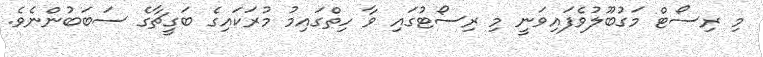
މި ރިސޯޓް މަގުބޫލުވެފައިވަނީ މި ރިސޯޓުގައި ވާ ހިތްގައިމު މުރަކައިގެ ބަގީޗާގެ ސަބަބުންނެވެ.